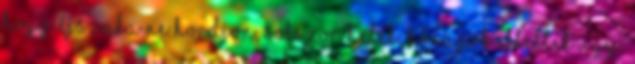
hogy éjszaka ne hordjon. Sokszor hetek, hónapok elteltek úgy,